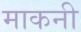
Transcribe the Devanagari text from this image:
माकनी